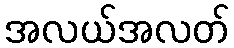
အလယ်အလတ်